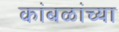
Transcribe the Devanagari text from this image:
कांबळांच्या